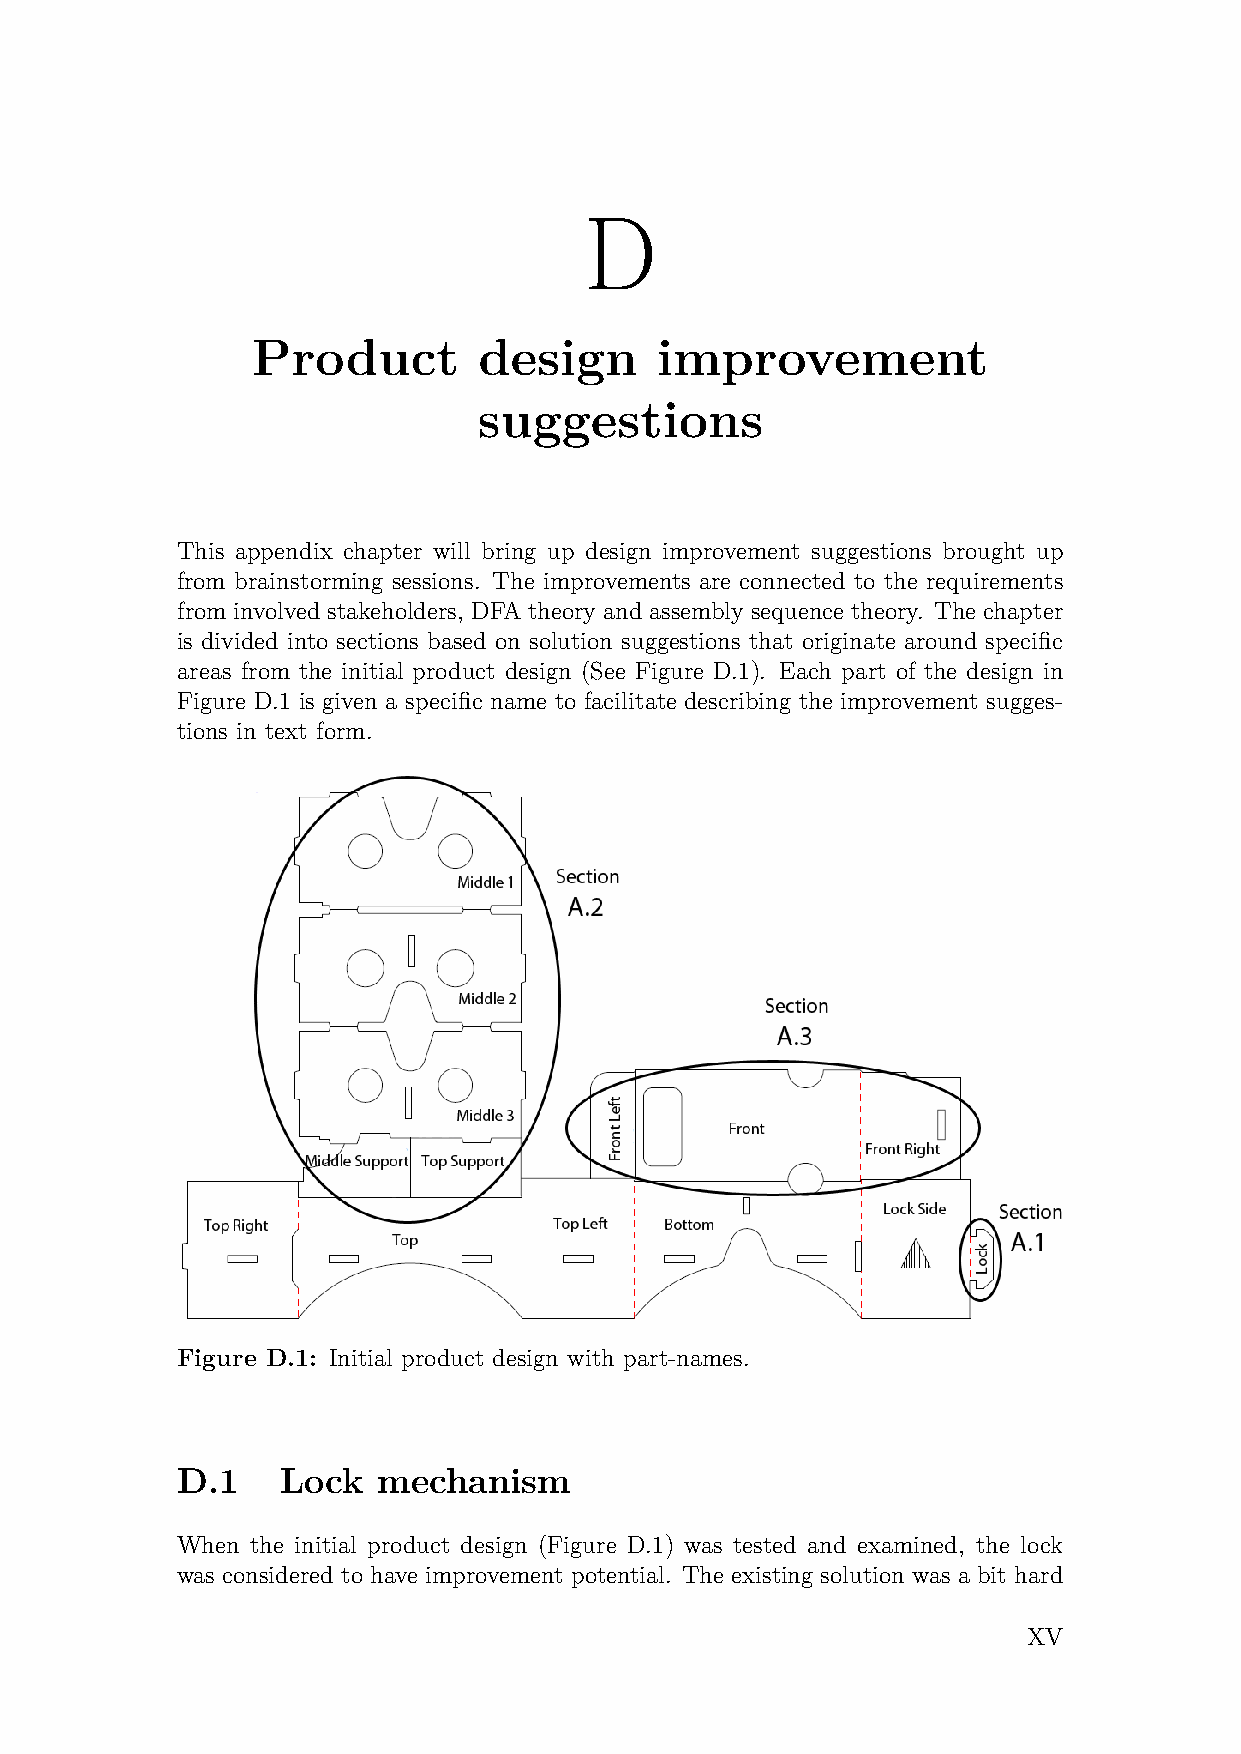
D
 Product        design     improvement
 suggestions
 This appendix chapter will bring up design improvement suggestions brought up
 from brainstorming sessions. The improvements are connected to the requirements
 from involved stakeholders, DFA theory and assembly sequence theory. The chapter
 is divided into sections based on solution suggestions that originate around specific
 areas from the initial product design (See Figure D.1). Each part of the design in
 Figure D.1 is given a specific name to facilitate describing the improvement sugges-
 tions in text form.
 Figure D.1: Initial product design with part-names.
 D.1    Lock  mechanism
 When the initial product design (Figure D.1) was tested and examined, the lock
 was considered to have improvement potential. The existing solution was a bit hard
 XV